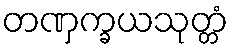
တဏှက္ခယသုတ္တံ